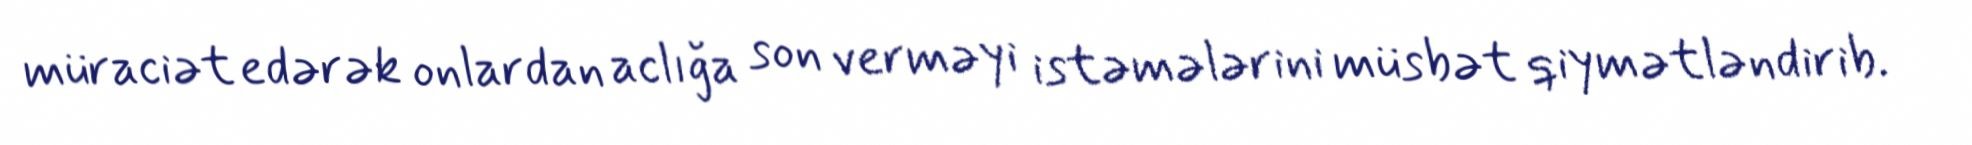
müraciət edərək onlardan aclığa son verməyi istəmələrini müsbət qiymətləndirib.